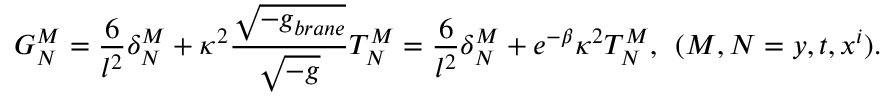
G _ { N } ^ { M } = \frac { 6 } { l ^ { 2 } } \delta _ { N } ^ { M } + \kappa ^ { 2 } \frac { \sqrt { - g _ { b r a n e } } } { \sqrt { - g } } T _ { N } ^ { M } = \frac { 6 } { l ^ { 2 } } \delta _ { N } ^ { M } + e ^ { - \beta } \kappa ^ { 2 } T _ { N } ^ { M } , \: \: ( M , N = y , t , x ^ { i } ) .